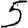
Digit: 5